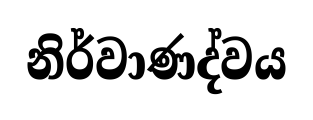
නිර්වාණද්වය